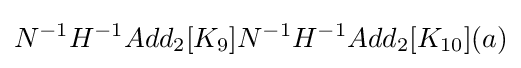
N^{-1}H^{-1}Add_{2}[K_{9}]N^{-1}H^{-1}Add_{2}[K_{10}](a)